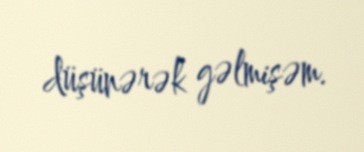
düşünərək gəlmişəm.